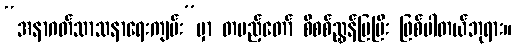
“အနာဂတ်သာသနာရေးကျမ်း”မှာ တပည့်တော် စိစစ်ညွှန်ပြပြီး ဖြစ်ပါတယ်ဘုရား။